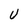
Character: U